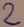
Text: 2